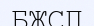
БЖСП